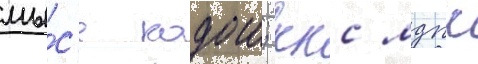
мы́с'е кодош; ккс мдпс